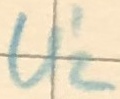
Text: U'2